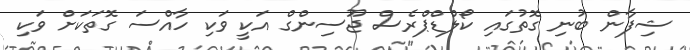
ޝިފާން ބުނި ގޮތުގައި ކޯލްޑްޕްރެސް ޖޫސިންގް އަކީ ވަކި ހާއްސަ ގޮތަކަށް ވަކި